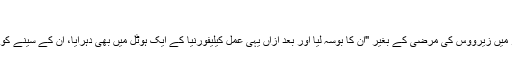
"
اس دعوے میں کہا گیا کہ ٹرمپ نے 2007ء میں نیویارک میں واقع اپنے دفتر میں زیرووس کی مرضی کے بغیر "ان کا بوسہ لیا اور بعد ازاں یہی عمل کیلیفورنیا کے ایک ہوٹل میں بھی دہرایا، ان کے سینے کو چھوا اور انھیں ملازمت دینے کے ایک انٹرویو میِں بستر پر لیٹنے کا بھی کہا۔